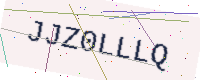
Text: JJZ0LLLQ